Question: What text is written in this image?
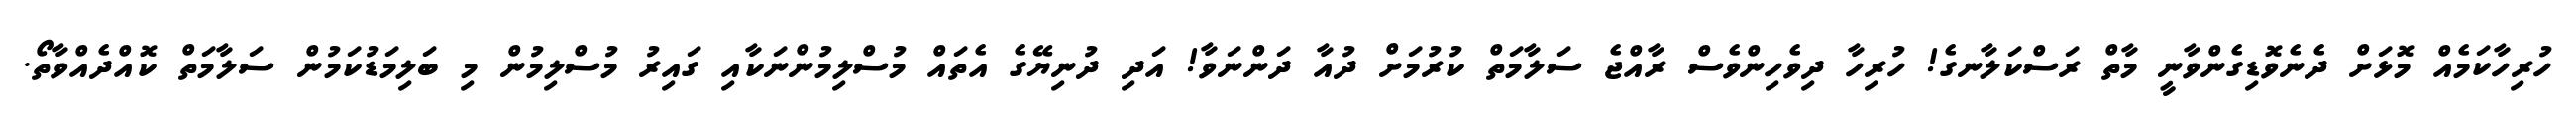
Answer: ހުރިހާކަމެއް މޮޅަށް ދެނެވޮޑިގެންވާނީ މާތް ރަސްކަލާނގެ! ހުރިހާ ދިވެހިންވެސް ރާއްޖެ ސަލާމަތް ކުރުމަށް ދުއާ ދަންނަވާ! އަދި ދުނިޔޭގެ އެތައް މުސްލިމުންނަކާއި ގައިރު މުސްލިމުން މި ބަލިމަޑުކަމުން ސަލާމަތް ކޮއްދެއްވާތޯ.